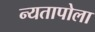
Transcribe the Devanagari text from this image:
न्यतापोला